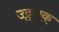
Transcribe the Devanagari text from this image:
उट्ठतुक